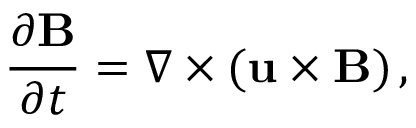
{ \frac { \partial { \bf B } } { \partial t } } = \nabla \times ( { \bf u } \times { \bf B } ) \, ,